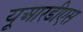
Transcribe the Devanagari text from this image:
यूआरडीएस